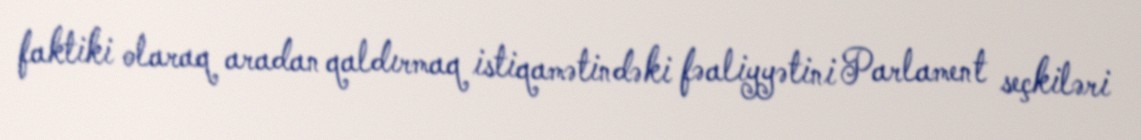
faktiki olaraq aradan qaldırmaq istiqamətindəki fəaliyyətini Parlament seçkiləri